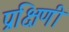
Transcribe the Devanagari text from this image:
प्रक्षिणी